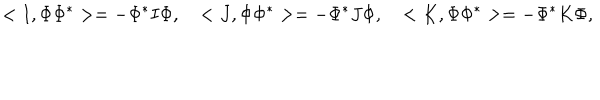
< I , \Phi \Phi ^ { * } > = - \Phi ^ { * } I \Phi , \quad < J , \Phi \Phi ^ { * } > = - \Phi ^ { * } J \Phi , \quad < K , \Phi \Phi ^ { * } > = - \Phi ^ { * } K \Phi ,